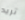
تريد